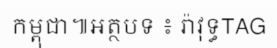
កម្ពុជា៕អត្ថបទ ៖ រ៉ាវុទ្ធTAG